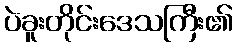
ပဲခူးတိုင်းဒေသကြီး၏